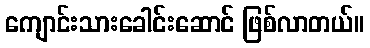
ကျောင်းသားခေါင်းဆောင် ဖြစ်လာတယ်။